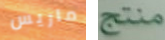
ماريس منتج